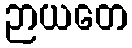
ဉာယတေ